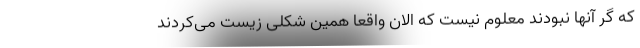
که گر آنها نبودند معلوم نیست که الان واقعا همین شکلی زیست می‌کردند